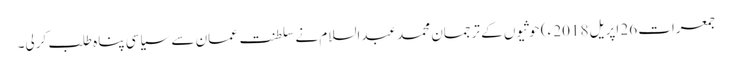
جمعرات 26 اپریل 2018 ء) حوثیوں کے ترجمان محمد عبدالسلام نے سلطنت عمان سے سیاسی پناہ طلب کرلی۔